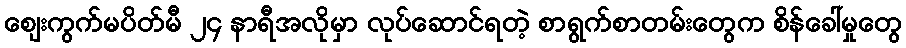
ဈေးကွက်မပိတ်မီ ၂၄ နာရီအလိုမှာ လုပ်ဆောင်ရတဲ့ စာရွက်စာတမ်းတွေက စိန်ခေါ်မှုတွေ